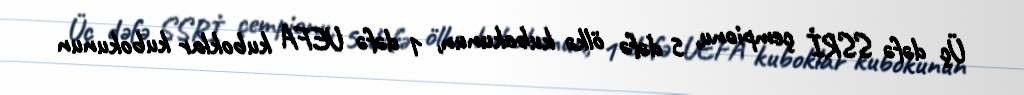
Üç dəfə SSRİ çempionu, 5 dəfə ölkə kubokunun, 1 dəfə UEFA kuboklar kubokunun